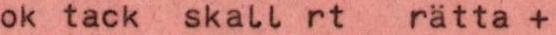
ok tack skall rt rätta +